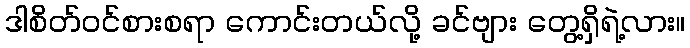
ဒါစိတ်ဝင်စားစရာ ကောင်းတယ်လို့ ခင်ဗျား တွေ့ရှိရဲ့လား။